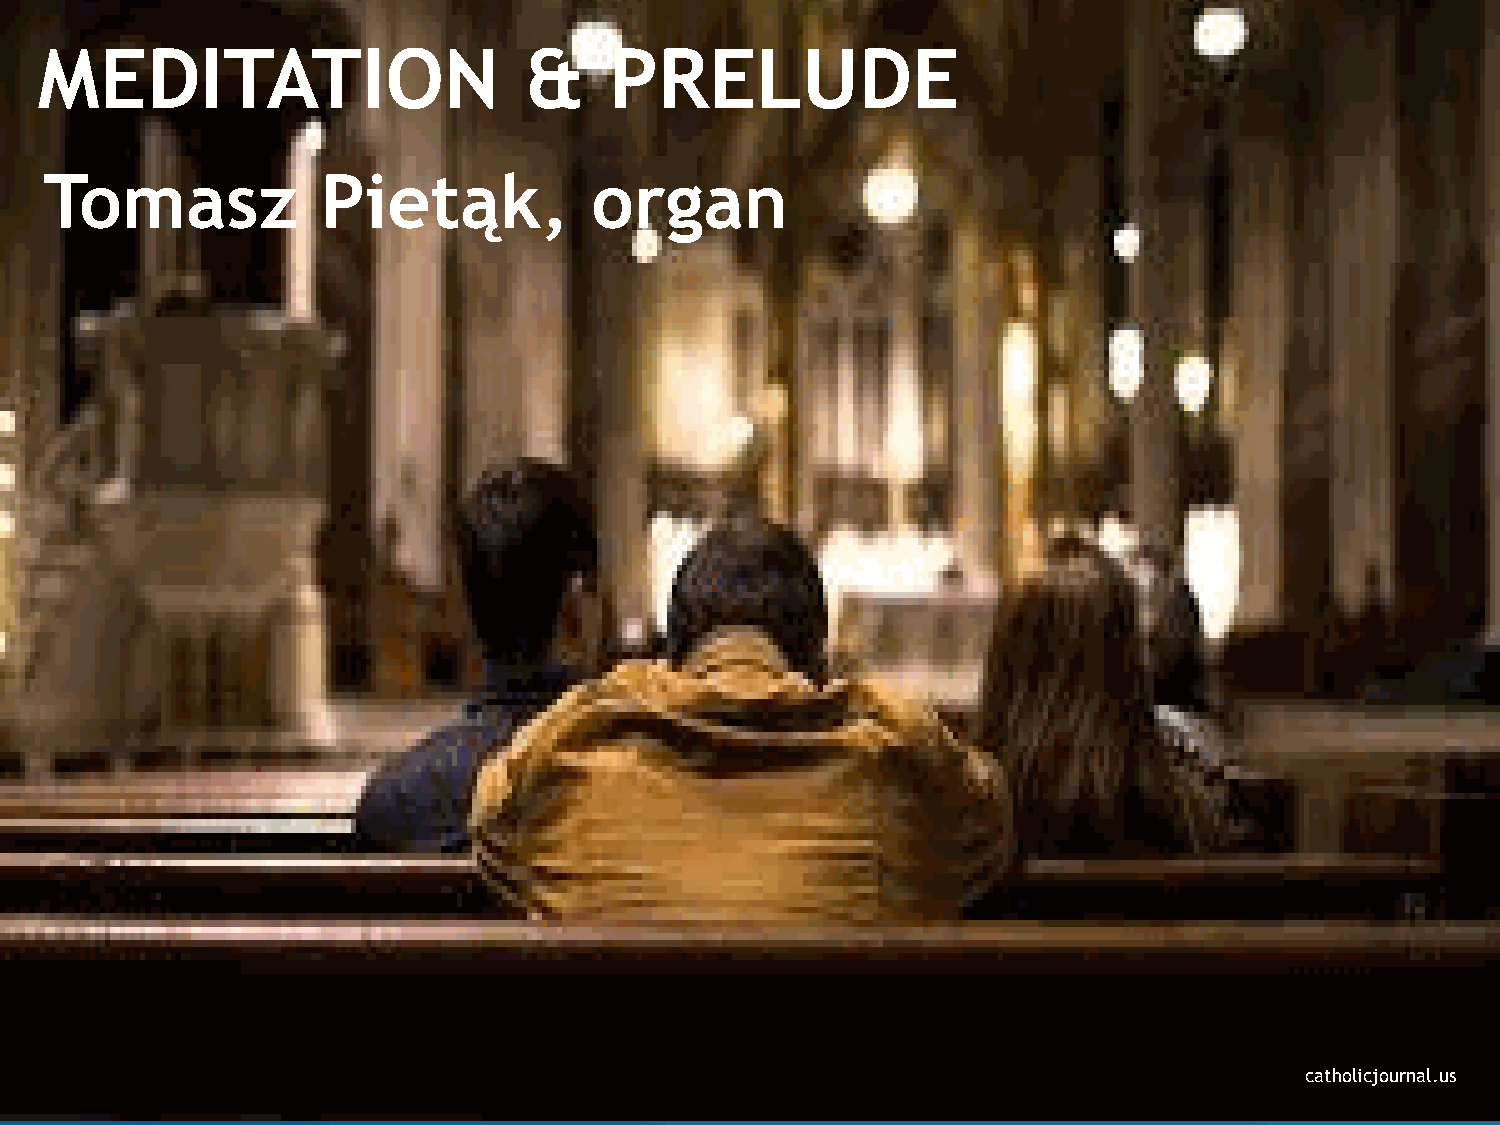
MEDITATION                       &    PRELUDE
 Tomasz            Pietąk,           organ
 catholicjournal.us